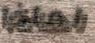
لماذا